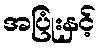
အပြုံးနှင့်